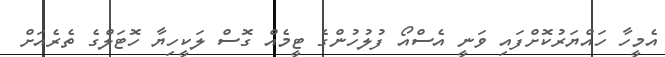
އެމީހާ ހައްޔަރުކޮށްފައި ވަނީ އެސްއޯ ފުލުހުންގެ ޓީމެއް ގޮސް ލަކީހިޔާ ހޮޓަލްގެ ތެރެއަށް